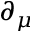
\partial _ { \mu }